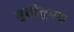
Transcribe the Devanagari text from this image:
वृत्तीतूनच